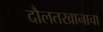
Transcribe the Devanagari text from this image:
दौलतखानाचा